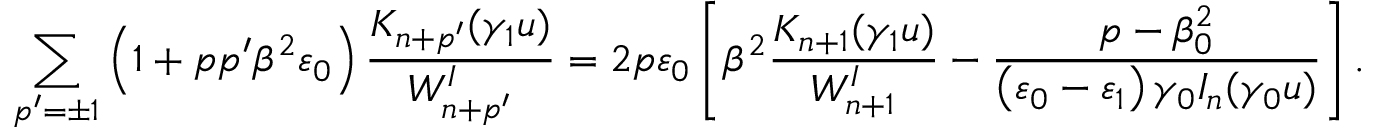
\sum _ { p ^ { \prime } = \pm 1 } \left( 1 + p p ^ { \prime } \beta ^ { 2 } \varepsilon _ { 0 } \right) \frac { K _ { n + p ^ { \prime } } ( \gamma _ { 1 } u ) } { W _ { n + p ^ { \prime } } ^ { I } } = 2 p \varepsilon _ { 0 } \left[ \beta ^ { 2 } \frac { K _ { n + 1 } ( \gamma _ { 1 } u ) } { W _ { n + 1 } ^ { I } } - \frac { p - \beta _ { 0 } ^ { 2 } } { \left( \varepsilon _ { 0 } - \varepsilon _ { 1 } \right) \gamma _ { 0 } I _ { n } ( \gamma _ { 0 } u ) } \right] .